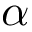
\alpha